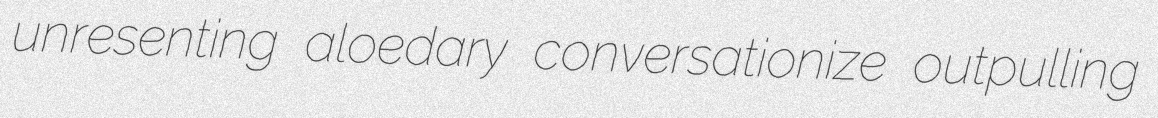
unresenting aloedary conversationize outpulling